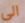
الى